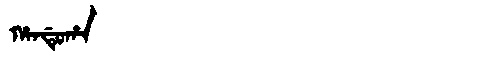
Manchu: ᡥᠠᠨᡩᡠᡥᠠ
Romanization: HANDUHA